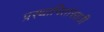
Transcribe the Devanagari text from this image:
प्रस्थापितांसाठी